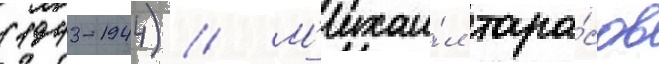
(1943-1944) // М'ихаи́л тара́сов